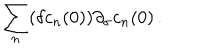
\sum _ { n } ( \delta c _ { n } ( 0 ) ) \partial _ { \sigma } c _ { n } ( 0 ) \, .